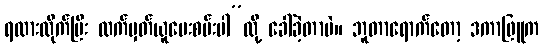
ရထားလိုက်ပြီး လက်မှတ်ယူပေးစမ်းပါ”လို့ ခေါ်ခဲ့တာပဲ။ ဘူတာရောက်တော့ ဒကာဖြူက